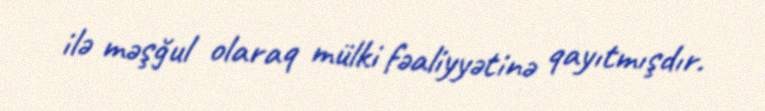
ilə məşğul olaraq mülki fəaliyyətinə qayıtmışdır.